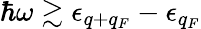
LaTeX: \hbar\omega\gtrsim\epsilon_{q+q_{F}}-\epsilon_{q_{F}}